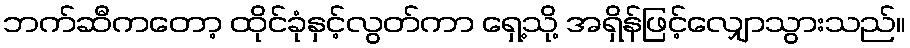
ဘက်ဆီကတော့ ထိုင်ခုံနှင့်လွတ်ကာ ရှေ့သို့ အရှိန်ဖြင့်လျှောသွားသည်။